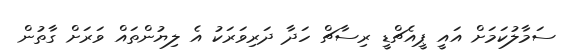
ސަމާލުކަމަށް އައީ ޕީއެޗްޑީ ރިސާޗް ހަދާ ދަރިވަރަކު އެ ލިޔުންތައް ވަރަށް ގާތުން